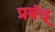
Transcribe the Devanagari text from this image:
प्रबंध्